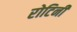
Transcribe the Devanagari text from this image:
रोटिनी